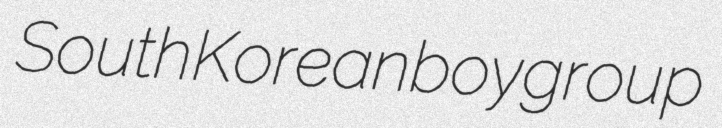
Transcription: South Korean boy group